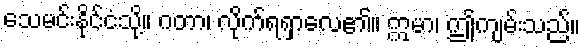
သေမင်းနိုင်ငံသို့။ ဂတာ၊ လိုက်ရရှာလေ၏။ ဣမာ၊ ဤကျမ်းသည်။